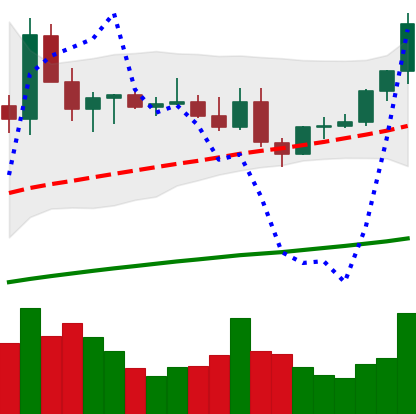
Ticker: ETC-USD
Chart end date: 2021-03-31
Forward return: 14.547%
Label: up_7plus